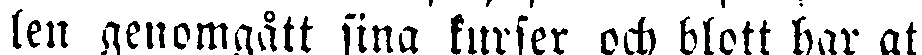
len genomgått sina kurser och blott har att